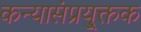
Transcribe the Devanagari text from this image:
कन्यासंप्रयु्क्तक